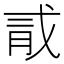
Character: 𪱞